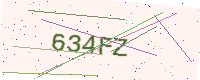
Text: 634FZ